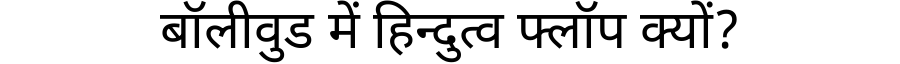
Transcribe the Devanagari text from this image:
बॉलीवुड में हिन्दुत्व फ्लॉप क्यों?